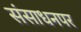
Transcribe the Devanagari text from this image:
संसाधनपर